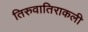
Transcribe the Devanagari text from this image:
तिरुवातिराकली